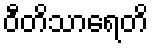
ဝီတိသာရေတိ